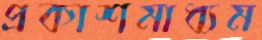
প্রকাশমাধ্যম